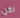
لكن